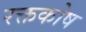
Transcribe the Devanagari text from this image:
रक्तकोष